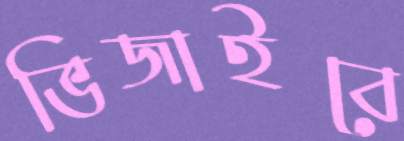
ভিজাইবে